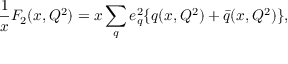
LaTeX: \frac { 1 } { x } F _ { 2 } ( x , Q ^ { 2 } ) = x \sum _ { q } e _ { q } ^ { 2 } \{ q ( x , Q ^ { 2 } ) + \bar { q } ( x , Q ^ { 2 } ) \} ,